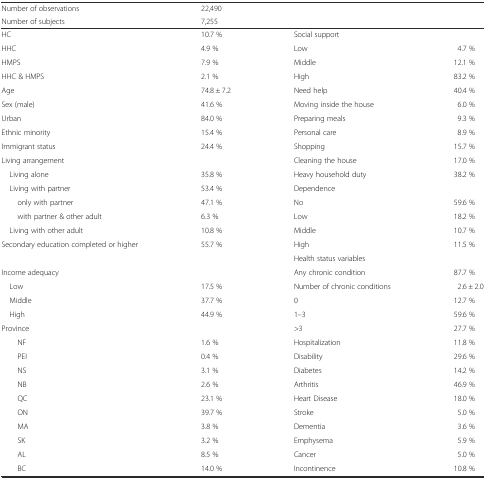
<table><thead><tr><td><b>Number of observations</b></td><td><b>22,490</b></td><td></td><td></td></tr><tr><td><b>Number of subjects</b></td><td><b>7,255</b></td><td></td><td></td></tr></thead><tbody><tr><td>HC</td><td>10.7 %</td><td>Social support</td><td></td></tr><tr><td>HHC</td><td>4.9 %</td><td>Low</td><td>4.7 %</td></tr><tr><td>HMPS</td><td>7.9 %</td><td>Middle</td><td>12.1 %</td></tr><tr><td>HHC &amp; HMPS</td><td>2.1 %</td><td>High</td><td>83.2 %</td></tr><tr><td>Age</td><td>74.8 ± 7.2</td><td>Need help</td><td>40.4 %</td></tr><tr><td>Sex (male)</td><td>41.6 %</td><td>Moving inside the house</td><td>6.0 %</td></tr><tr><td>Urban</td><td>84.0 %</td><td>Preparing meals</td><td>9.3 %</td></tr><tr><td>Ethnic minority</td><td>15.4 %</td><td>Personal care</td><td>8.9 %</td></tr><tr><td>Immigrant status</td><td>24.4 %</td><td>Shopping</td><td>15.7 %</td></tr><tr><td>Living arrangement</td><td></td><td>Cleaning the house</td><td>17.0 %</td></tr><tr><td> Living alone</td><td>35.8 %</td><td>Heavy household duty</td><td>38.2 %</td></tr><tr><td> Living with partner</td><td>53.4 %</td><td>Dependence</td><td></td></tr><tr><td>only with partner</td><td>47.1 %</td><td>No</td><td>59.6 %</td></tr><tr><td>with partner &amp; other adult</td><td>6.3 %</td><td>Low</td><td>18.2 %</td></tr><tr><td> Living with other adult</td><td>10.8 %</td><td>Middle</td><td>10.7 %</td></tr><tr><td rowspan="2">Secondary education completed or higher</td><td rowspan="2">55.7 %</td><td>High</td><td>11.5 %</td></tr><tr><td>Health status variables</td><td></td></tr><tr><td>Income adequacy</td><td></td><td>Any chronic condition</td><td>87.7 %</td></tr><tr><td> Low</td><td>17.5 %</td><td>Number of chronic conditions</td><td>2.6 ± 2.0</td></tr><tr><td> Middle</td><td>37.7 %</td><td>0</td><td>12.7 %</td></tr><tr><td> High</td><td>44.9 %</td><td>1–3</td><td>59.6 %</td></tr><tr><td>Province</td><td></td><td>&gt;3</td><td>27.7 %</td></tr><tr><td>NF</td><td>1.6 %</td><td>Hospitalization</td><td>11.8 %</td></tr><tr><td>PEI</td><td>0.4 %</td><td>Disability</td><td>29.6 %</td></tr><tr><td>NS</td><td>3.1 %</td><td>Diabetes</td><td>14.2 %</td></tr><tr><td>NB</td><td>2.6 %</td><td>Arthritis</td><td>46.9 %</td></tr><tr><td>QC</td><td>23.1 %</td><td>Heart Disease</td><td>18.0 %</td></tr><tr><td>ON</td><td>39.7 %</td><td>Stroke</td><td>5.0 %</td></tr><tr><td>MA</td><td>3.8 %</td><td>Dementia</td><td>3.6 %</td></tr><tr><td>SK</td><td>3.2 %</td><td>Emphysema</td><td>5.9 %</td></tr><tr><td>AL</td><td>8.5 %</td><td>Cancer</td><td>5.0 %</td></tr><tr><td>BC</td><td>14.0 %</td><td>Incontinence</td><td>10.8 %</td></tr></tbody></table>